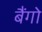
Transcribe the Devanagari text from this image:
बैंगो